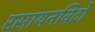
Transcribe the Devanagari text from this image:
रसायनविदों